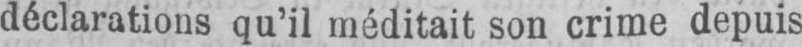
déclarations qu’il méditait son crime depuis